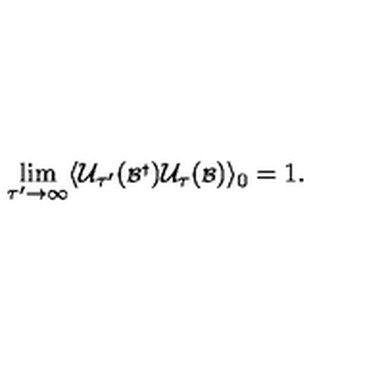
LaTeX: \lim _ { \tau ^ { \prime } \rightarrow \infty } \langle { \cal U } _ { \tau ^ { \prime } } ( { \scriptstyle { \cal B } ^ { \dagger } } ) { \cal U } _ { \tau } ( { \scriptstyle { \cal B } } ) \rangle _ { 0 } = 1 .